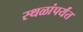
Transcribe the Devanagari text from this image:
स्थळांपर्यंत